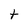
Character: t